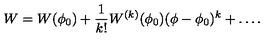
W = W ( \phi _ { 0 } ) + { \frac { 1 } { k ! } } W ^ { ( k ) } ( \phi _ { 0 } ) ( \phi - \phi _ { 0 } ) ^ { k } + \dots .